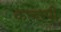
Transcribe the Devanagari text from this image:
कच्छपों